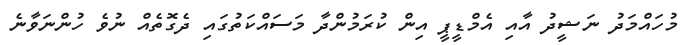
މުހައްމަދު ނަޝީދު އާއި އެމްޑީޕީ އިން ކުރަމުންދާ މަސައްކަތުގައި ދެގޮތެއް ނުވެ ހުންނަވާނެ